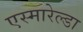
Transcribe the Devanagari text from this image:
एस्मारेल्डा